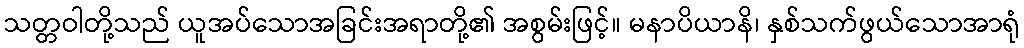
သတ္တဝါတို့သည် ယူအပ်သောအခြင်းအရာတို့၏ အစွမ်းဖြင့်။ မနာပိယာနိ၊ နှစ်သက်ဖွယ်သောအာရုံ